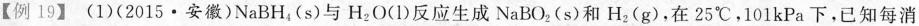
【例19】(1)(2015·安徽)NaBH_{4}(s)与H_{2}O(l)反应生成NaBO_{2}(s)和H_{2}(g)，在25℃ ，101kPa下，已知每消